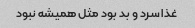
غذا سرد و بد بود مثل همیشه نبود